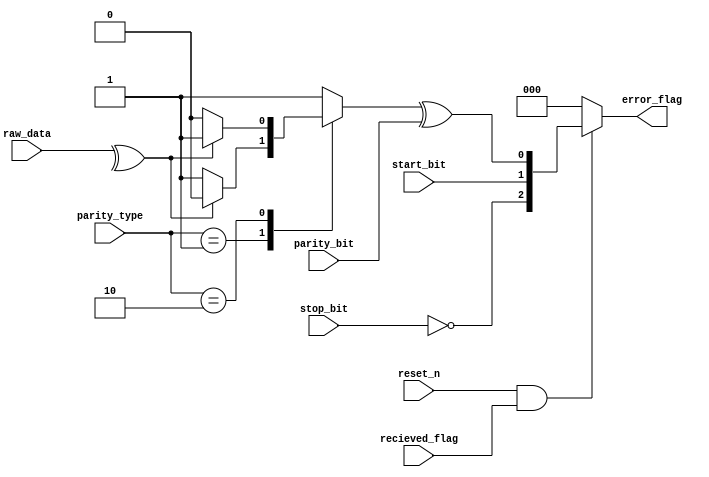
//  INFO.: Undergraduate ECE student, Alexandria university, Egypt.
//  AUTHOR'S EMAIL: majiidd17@icloud.com
//  TYPE: module.
//  KEYWORDS: Parity, Error.
//  PURPOSE: An RTL modelling for checking if the data are transmitted correctly,
//  checks the whole package including the start and stop bits.

module ErrorCheck(
    input wire         reset_n,       //  Active low reset.
    input wire         recieved_flag, //  enable from the sipo unit for the flags.
    input wire         parity_bit,    //  The parity bit from the frame for comparison.
    input wire         start_bit,     //  The Start bit from the frame for comparison.
    input wire         stop_bit,      //  The Stop bit from the frame for comparison.
    input wire  [1:0]  parity_type,   //  Parity type agreed upon by the Tx and Rx units.
    input wire  [7:0]  raw_data,      //  The 8-bits data separated from the data frame.

    output wire [2:0]  error_flag     //  {stop_flag,start_flag,parity_flag}
);

//  Internal
reg error_parity;
reg parity_flag;
reg start_flag;
reg stop_flag;

//  Encoding for types of the parity
localparam ODD        = 2'b01,
           EVEN       = 2'b10;

//  Parity Check logic
always @(*) 
begin
  case (parity_type)
    ODD:     error_parity = (^raw_data)? 1'b0 : 1'b1;
    EVEN:    error_parity = (^raw_data)? 1'b1 : 1'b0;
    default: error_parity = 1'b1;
  endcase
end

// Error Check logic
always @(*) begin
  parity_flag  = (error_parity ^ parity_bit);
  start_flag   = (start_bit || 1'b0);
  stop_flag    = ~(stop_bit && 1'b1);
end

//  Output logic
assign error_flag = (reset_n && recieved_flag)? {stop_flag,start_flag,parity_flag} : 3'b0;

endmodule